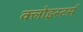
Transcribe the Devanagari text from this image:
क्लोइस्टर्स